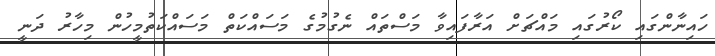
ހައިނާންގައި ކޯރުގައި މައްޗަށް އަރާފައިވާ މަސްތައް ނެގުމުގެ މަސައްކަތް މަސައްކަތުމީހުން މިހާރު ދަނީ